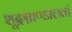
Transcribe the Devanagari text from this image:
शूद्रश्चाण्डालतां